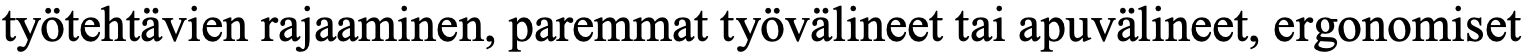
työtehtävien rajaaminen, paremmat työvälineet tai apuvälineet, ergonomiset